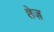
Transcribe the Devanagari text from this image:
छेज़